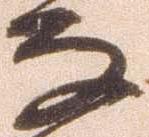
な